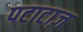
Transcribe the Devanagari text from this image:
पटाटाज़